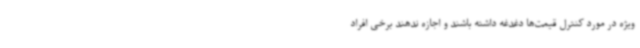
ویژه در مورد کنترل قیمت‌ها دغدغه داشته باشند و اجازه ندهند برخی افراد